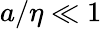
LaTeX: a/\eta\ll 1